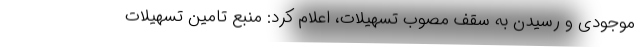
موجودی و رسیدن به سقف مصوب تسهیلات، اعلام کرد: منبع تامین تسهیلات